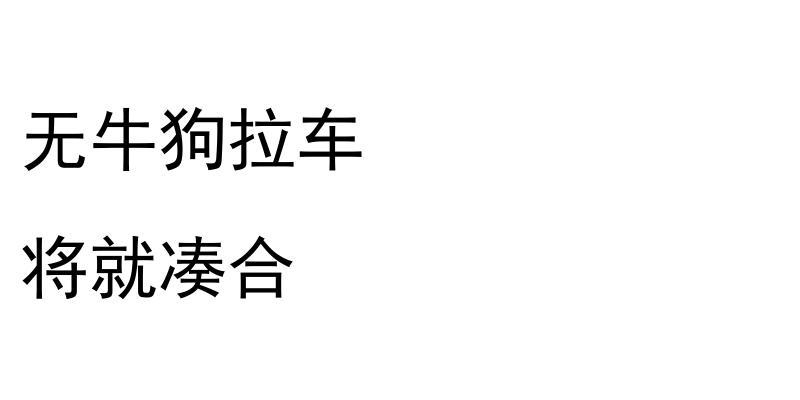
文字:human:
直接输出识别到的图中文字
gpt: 无牛狗拉车 将就凑合